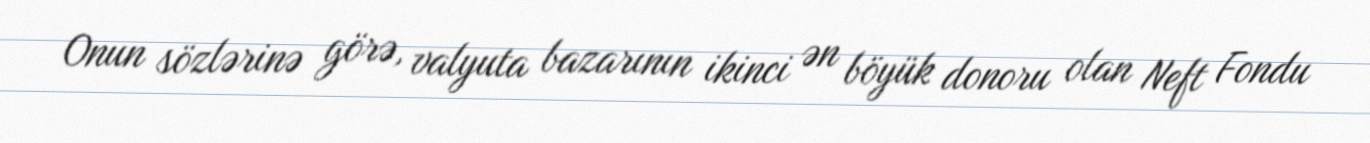
Onun sözlərinə görə, valyuta bazarının ikinci ən böyük donoru olan Neft Fondu